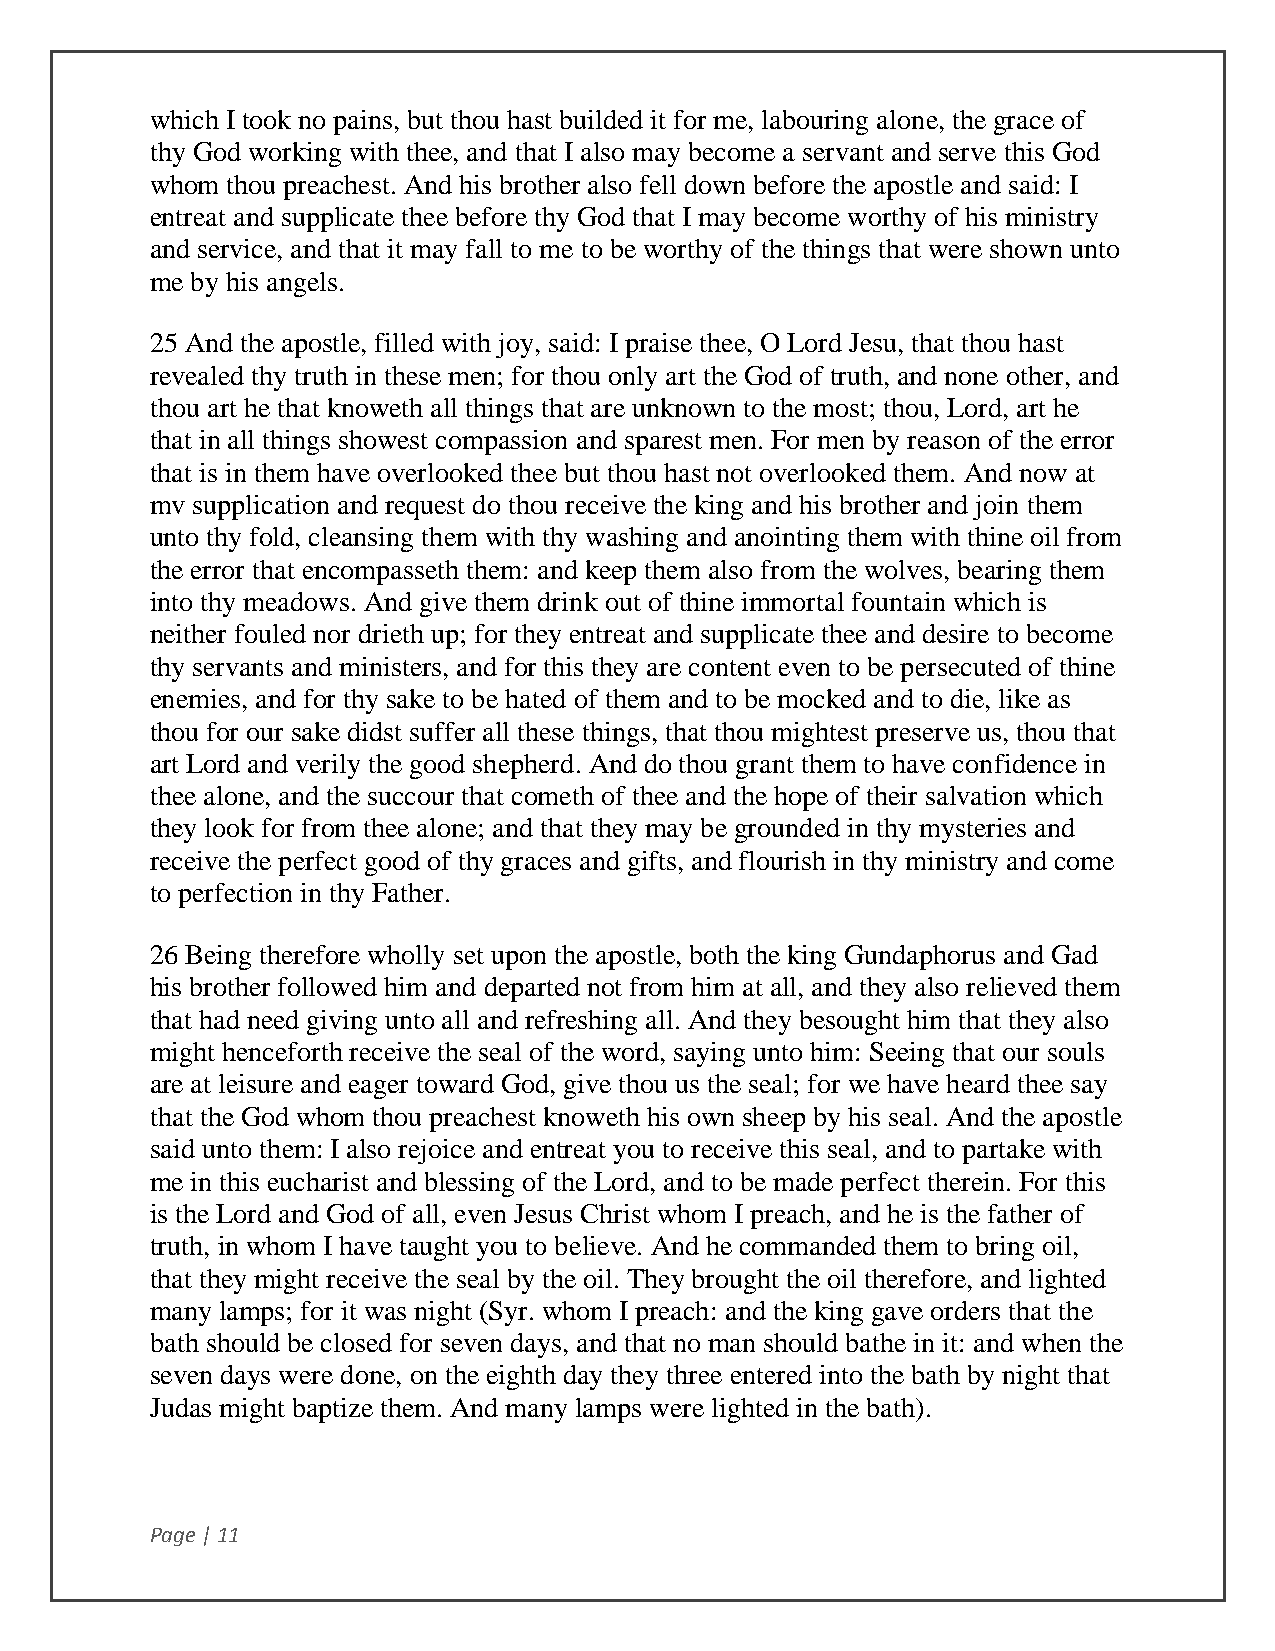
which I took no pains, but thou hast builded it for me, labouring alone, the grace of
 thy God working with thee, and that I also may become a servant and serve this God
 whom thou preachest. And his brother also fell down before the apostle and said: I
 entreat and supplicate thee before thy God that I may become worthy of his ministry
 and service, and that it may fall to me to be worthy of the things that were shown unto
 me by his angels.
 25 And the apostle, filled with joy, said: I praise thee, O Lord Jesu, that thou hast
 revealed thy truth in these men; for thou only art the God of truth, and none other, and
 thou art he that knoweth all things that are unknown to the most; thou, Lord, art he
 that in all things showest compassion and sparest men. For men by reason of the error
 that is in them have overlooked thee but thou hast not overlooked them. And now at
 mv supplication and request do thou receive the king and his brother and join them
 unto thy fold, cleansing them with thy washing and anointing them with thine oil from
 the error that encompasseth them: and keep them also from the wolves, bearing them
 into thy meadows. And give them drink out of thine immortal fountain which is
 neither fouled nor drieth up; for they entreat and supplicate thee and desire to become
 thy servants and ministers, and for this they are content even to be persecuted of thine
 enemies, and for thy sake to be hated of them and to be mocked and to die, like as
 thou for our sake didst suffer all these things, that thou mightest preserve us, thou that
 art Lord and verily the good shepherd. And do thou grant them to have confidence in
 thee alone, and the succour that cometh of thee and the hope of their salvation which
 they look for from thee alone; and that they may be grounded in thy mysteries and
 receive the perfect good of thy graces and gifts, and flourish in thy ministry and come
 to perfection in thy Father.
 26 Being therefore wholly set upon the apostle, both the king Gundaphorus and Gad
 his brother followed him and departed not from him at all, and they also relieved them
 that had need giving unto all and refreshing all. And they besought him that they also
 might henceforth receive the seal of the word, saying unto him: Seeing that our souls
 are at leisure and eager toward God, give thou us the seal; for we have heard thee say
 that the God whom thou preachest knoweth his own sheep by his seal. And the apostle
 said unto them: I also rejoice and entreat you to receive this seal, and to partake with
 me in this eucharist and blessing of the Lord, and to be made perfect therein. For this
 is the Lord and God of all, even Jesus Christ whom I preach, and he is the father of
 truth, in whom I have taught you to believe. And he commanded them to bring oil,
 that they might receive the seal by the oil. They brought the oil therefore, and lighted
 many lamps; for it was night (Syr. whom I preach: and the king gave orders that the
 bath should be closed for seven days, and that no man should bathe in it: and when the
 seven days were done, on the eighth day they three entered into the bath by night that
 Judas might baptize them. And many lamps were lighted in the bath).
 Page | 11